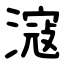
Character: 滱